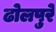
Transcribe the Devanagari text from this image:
ढोलपुरे